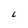
Character: L